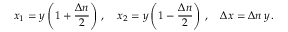
x _ { 1 } = y \left( 1 + \frac { \Delta n } { 2 } \right) \, , \quad x _ { 2 } = y \left( 1 - \frac { \Delta n } { 2 } \right) \, , \quad \Delta x = \Delta n \, y \, .